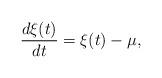
LaTeX: \begin{align*}\frac{d\xi(t)}{dt}=\xi(t)-\mu,\end{align*}